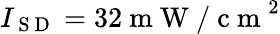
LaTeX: I_{\mathrm{~S~D~}}=32\mathrm{~m~W~/~c~m~}^{2}